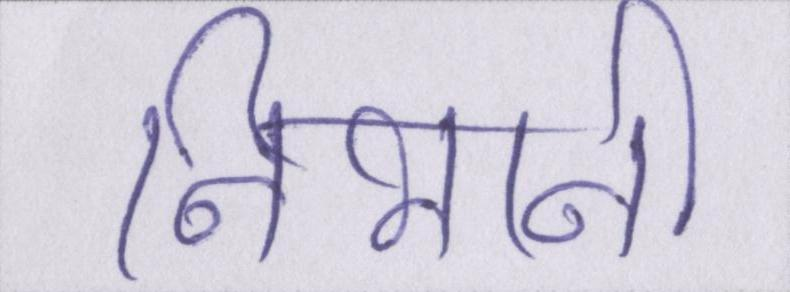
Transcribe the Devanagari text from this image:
निभानी